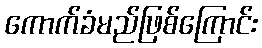
ကောက်ခံမည်ဖြစ်ကြောင်း